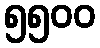
၅၅၀၀